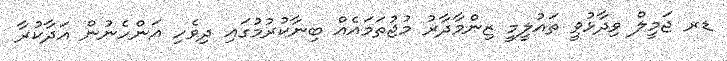
ޑރ ޖަމީލް ވިދާޅުވީ ތައުލީމީ ޒިންމާދާރު މުޖުތަމައެއް ބިނާކުރުމުގައި ދިވެހި އަންހެނުން އަދާކުރާ